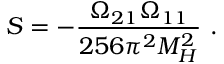
S = - \frac { \Omega _ { 2 1 } \Omega _ { 1 1 } } { 2 5 6 \pi ^ { 2 } M _ { H } ^ { 2 } } \ .